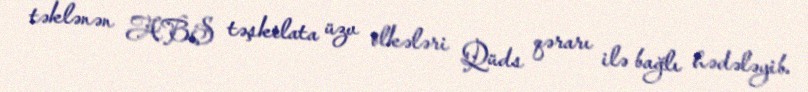
təklənən ABŞ təşkilata üzv ölkələri Qüds qərarı ilə bağlı hədələyib.